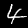
Label: 4